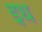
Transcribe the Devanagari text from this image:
इध